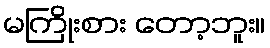
မကြိုးစား တော့ဘူး။